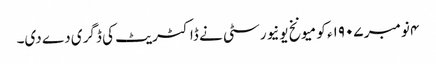
۴ نومبر ١٩٠۷ء کو میونخ یونیورسٹی نے ڈاکٹریٹ کی ڈگری دے دی۔